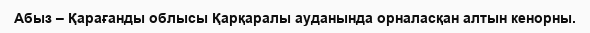
Абыз – Қарағанды облысы Қарқаралы ауданында орналасқан алтын кенорны.